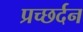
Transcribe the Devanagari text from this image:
प्रच्छर्दन